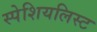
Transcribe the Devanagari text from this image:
स्पेशियलिस्ट